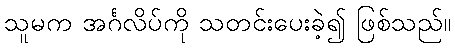
သူမက အင်္ဂလိပ်ကို သတင်းပေးခဲ့၍ ဖြစ်သည်။